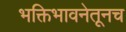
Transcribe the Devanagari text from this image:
भक्तिभावनेतूनच